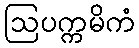
ဩပက္ကမိကံ